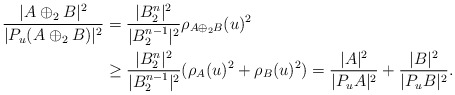
\begin{align*}\frac{|A\oplus_2 B|^2}{|P_u(A\oplus_2 B)|^2}&=\frac{|B_2^n|^2}{|B_2^{n-1}|^2}\rho_{A\oplus_2B}(u)^2 \\&\ge\frac{|B_2^n|^2}{|B_2^{n-1}|^2}(\rho_{A}(u)^2+\rho_{B}(u)^2)=\frac{|A|^2}{|P_uA|^2}+\frac{|B|^2}{|P_uB|^2}.\end{align*}